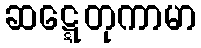
ဆဋ္ဋေတုကာမာ